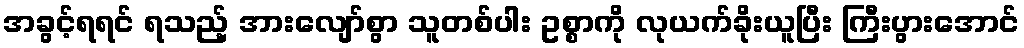
အခွင့်ရရင် ရသည့် အားလျော်စွာ သူတစ်ပါး ဥစ္စာကို လုယက်ခိုးယူပြီး ကြီးပွားအောင်